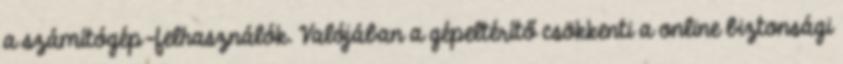
a számítógép-felhasználók. Valójában a gépeltérítő csökkenti a online biztonsági